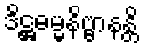
ဒိဋ္ဌဓမ္မနိဗ္ဗာနန္တိ